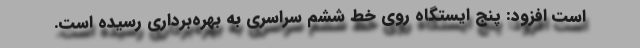
است افزود: پنج ایستگاه روی خط ششم سراسری به بهره‌برداری رسیده است.